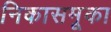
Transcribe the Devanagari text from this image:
निकासमूका